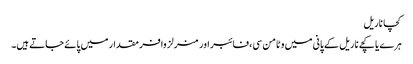
کچا ناریل
ہرے یا کچے ناریل کے پانی میں وٹامن سی، فائبر اور منرلز وافر مقدار میں پائے جاتے ہیں۔